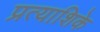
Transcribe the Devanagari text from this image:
प्रत्याशिके